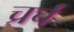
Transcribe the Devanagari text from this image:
च्रर्च